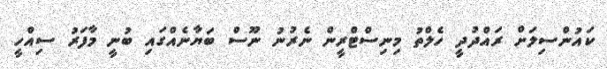
ކައުންސިލަށް ރައްދުދީ ހެލްތު މިނިސްޓްރީން ނެރުނު ނޫސް ބަޔާނެއްގައި ބުނީ މާފަރު ސިއްހީ